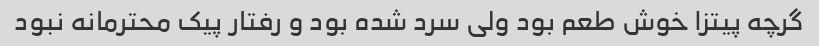
گرچه پیتزا خوش طعم بود ولی سرد شده بود و رفتار پیک محترمانه نبود